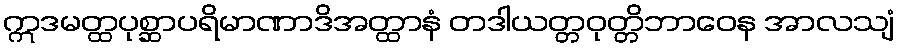
ဣဒမတ္ထပုစ္ဆာပရိမာဏာဒိအတ္ထာနံ တဒါယတ္တဝုတ္တိဘာဝေန အာလသျံ